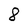
Character: 8